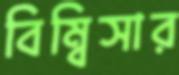
বিম্বিসার